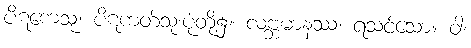
ပိဋကေသု၊ ပိဋကတ်သုံးပုံတို့၌။ လဗ္ဘမာနဿ၊ ရသင့်သော။ ဝါ၊